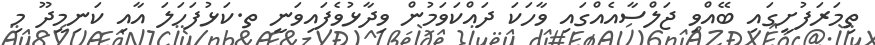
ތިމަރަފުށީގައި ބޭއްވި ޖަލްސާއެއްގައި ވާހަކަ ދައްކަވަމުން ވިދާޅުވެފައިވަނީ ތ.ކަޅުފަހަލަ އާއި ކަނިމީދޫ މި